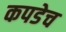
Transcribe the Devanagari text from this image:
कपडेच